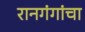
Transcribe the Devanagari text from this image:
रानगंगांचा